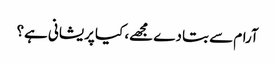
آرام سے بتا دے مجھے، کیا پریشانی ہے؟